Problem: 2 × 8 = ?
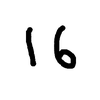
Handwritten answer: 16